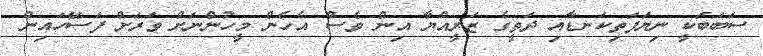
ސަބަބަކީ ނިޔަފަތިކަނޑާއި ދަތީގެ ޒަރީއްޔާ އިން ވެސް އެހެން މީހުންނަށް ވަރަށް ފަސޭހައިން